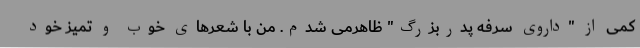
کمی از "داروی سرفه پدربزرگ" ظاهرمی شدم. من با شعرهای خوب و تمیز خود